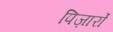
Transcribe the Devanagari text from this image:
पिज़ार्रो